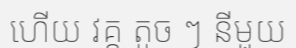
ហើយ វគ្គ តូច ៗ នីមួយ